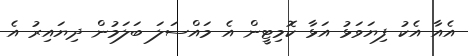
އެއާ އެކު ފިޔަވަޅު އަޅާ ކޮމިޓީން އެ މައްސަލަ ބަލަމުން ދިޔައިރު އެ